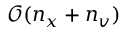
\mathcal { O } ( n _ { x } + n _ { v } )